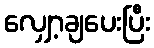
လျှော့ချပေးပြီး